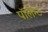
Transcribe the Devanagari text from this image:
पॉलैन्ट